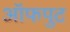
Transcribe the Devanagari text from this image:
ऑफपुट